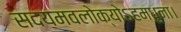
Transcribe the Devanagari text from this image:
सदयमवलोक्योऽहमधुना।